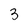
Character: 3